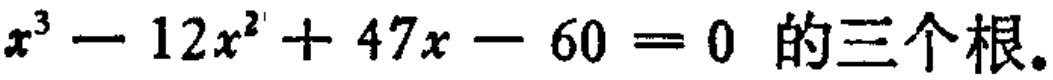
\(x^{3}-12x^{2}+47x - 60 = 0\) 的三个根。